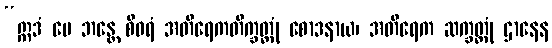
“ဣဒံ မေ ဘန္တေ စိဝရံ အတိရေကတိက္ခတ္တုံ စောဒနာယ၊ အတိရေက ဆက္ခတ္တုံ ဌာနေန